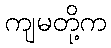
ကျမတို့က